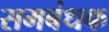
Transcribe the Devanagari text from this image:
समबंधक